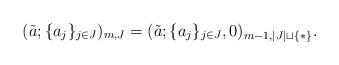
LaTeX: \begin{align*}(\tilde{a};\{a_j\}_{j\in J})_{m,J}=(\tilde{a};\{a_j\}_{j\in J},0)_{m-1,|J|\sqcup \{*\}}.\end{align*}